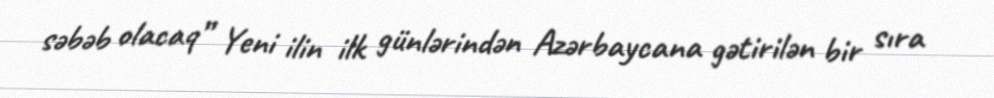
səbəb olacaq” Yeni ilin ilk günlərindən Azərbaycana gətirilən bir sıra